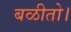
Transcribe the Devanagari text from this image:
बळीतो।